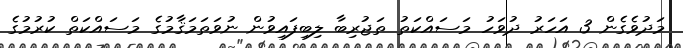
މަދުވެގެން 3 އަހަރު ދުވަހު މަސައްކަތު ތަޖުރިބާ ލިބިފައިވުން ނުވަތަމަޤާމުގެ މަސައްކަތް ކުރުމުގެ